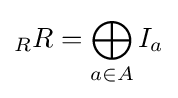
{}_{R}R=\bigoplus _{a\in A}I_{a}